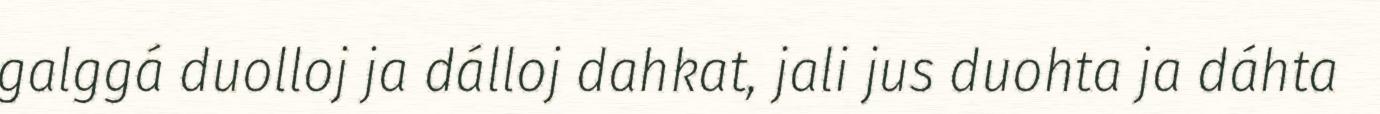
galggá duolloj ja dálloj dahkat, jali jus duohta ja dáhta